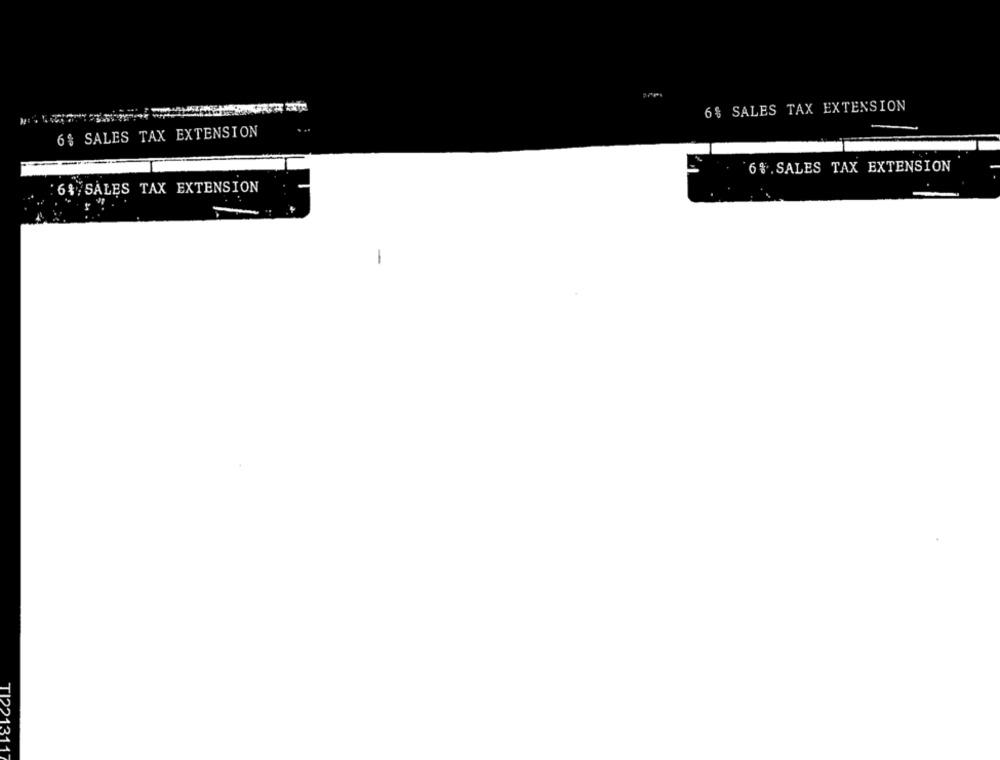
6% SALES TAX EXTENSION
6% SALES TAX EXTENSION
6% . SALES TAX EXTENSION
6% SALES TAX EXTENSION
-
TI2213117